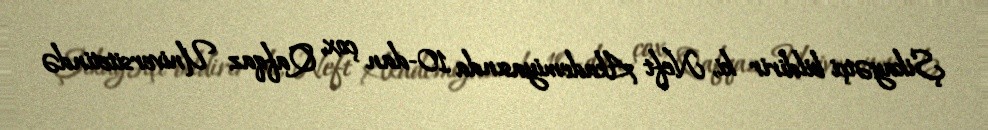
Şikayətçi bildirir ki, Neft Akademiyasında 10-dan çox, Qafqaz Universitetində